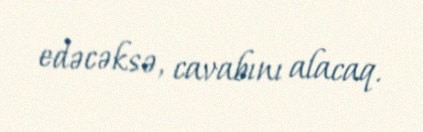
edəcəksə, cavabını alacaq.